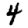
Digit: 4